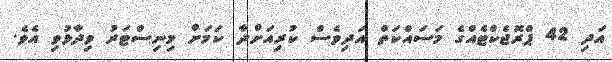
އަދި 42 ޕްރޮޖެކްޓެއްގެ މަސައްކަތް އަދިވެސް ކުރިއަށްދާ ކަމަށް މިނިސްޓަރު ވިދާޅުވި އެވެ.